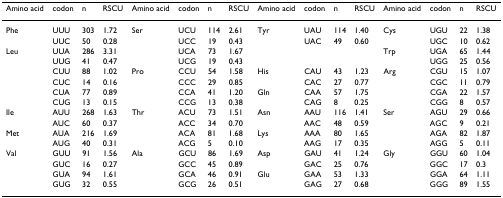
<table><thead><tr><td><b>Amino acid</b></td><td><b>codon</b></td><td><b>n</b></td><td><b>RSCU</b></td><td><b>Amino acid</b></td><td><b>codon</b></td><td><b>n</b></td><td><b>RSCU</b></td><td><b>Amino acid</b></td><td><b>codon</b></td><td><b>n</b></td><td><b>RSCU</b></td><td><b>Amino acid</b></td><td><b>codon</b></td><td><b>n</b></td><td><b>RSCU</b></td></tr></thead><tbody><tr><td>Phe</td><td>UUU</td><td>303</td><td>1.72</td><td>Ser</td><td>UCU</td><td>114</td><td>2.61</td><td>Tyr</td><td>UAU</td><td>114</td><td>1.40</td><td>Cys</td><td>UGU</td><td>22</td><td>1.38</td></tr><tr><td></td><td>UUC</td><td>50</td><td>0.28</td><td></td><td>UCC</td><td>19</td><td>0.43</td><td></td><td>UAC</td><td>49</td><td>0.60</td><td></td><td>UGC</td><td>10</td><td>0.62</td></tr><tr><td>Leu</td><td>UUA</td><td>286</td><td>3.31</td><td></td><td>UCA</td><td>73</td><td>1.67</td><td></td><td></td><td></td><td></td><td>Trp</td><td>UGA</td><td>65</td><td>1.44</td></tr><tr><td></td><td>UUG</td><td>41</td><td>0.47</td><td></td><td>UCG</td><td>19</td><td>0.43</td><td></td><td></td><td></td><td></td><td></td><td>UGG</td><td>25</td><td>0.56</td></tr><tr><td></td><td>CUU</td><td>88</td><td>1.02</td><td>Pro</td><td>CCU</td><td>54</td><td>1.58</td><td>His</td><td>CAU</td><td>43</td><td>1.23</td><td>Arg</td><td>CGU</td><td>15</td><td>1.07</td></tr><tr><td></td><td>CUC</td><td>14</td><td>0.16</td><td></td><td>CCC</td><td>29</td><td>0.85</td><td></td><td>CAC</td><td>27</td><td>0.77</td><td></td><td>CGC</td><td>11</td><td>0.79</td></tr><tr><td></td><td>CUA</td><td>77</td><td>0.89</td><td></td><td>CCA</td><td>41</td><td>1.20</td><td>Gln</td><td>CAA</td><td>57</td><td>1.75</td><td></td><td>CGA</td><td>22</td><td>1.57</td></tr><tr><td></td><td>CUG</td><td>13</td><td>0.15</td><td></td><td>CCG</td><td>13</td><td>0.38</td><td></td><td>CAG</td><td>8</td><td>0.25</td><td></td><td>CGG</td><td>8</td><td>0.57</td></tr><tr><td>Ile</td><td>AUU</td><td>268</td><td>1.63</td><td>Thr</td><td>ACU</td><td>73</td><td>1.51</td><td>Asn</td><td>AAU</td><td>116</td><td>1.41</td><td>Ser</td><td>AGU</td><td>29</td><td>0.66</td></tr><tr><td></td><td>AUC</td><td>60</td><td>0.37</td><td></td><td>ACC</td><td>34</td><td>0.70</td><td></td><td>AAC</td><td>48</td><td>0.59</td><td></td><td>AGC</td><td>9</td><td>0.21</td></tr><tr><td>Met</td><td>AUA</td><td>216</td><td>1.69</td><td></td><td>ACA</td><td>81</td><td>1.68</td><td>Lys</td><td>AAA</td><td>80</td><td>1.65</td><td></td><td>AGA</td><td>82</td><td>1.87</td></tr><tr><td></td><td>AUG</td><td>40</td><td>0.31</td><td></td><td>ACG</td><td>5</td><td>0.10</td><td></td><td>AAG</td><td>17</td><td>0.35</td><td></td><td>AGG</td><td>5</td><td>0.11</td></tr><tr><td>Val</td><td>GUU</td><td>91</td><td>1.56</td><td>Ala</td><td>GCU</td><td>86</td><td>1.69</td><td>Asp</td><td>GAU</td><td>41</td><td>1.24</td><td>Gly</td><td>GGU</td><td>60</td><td>1.04</td></tr><tr><td></td><td>GUC</td><td>16</td><td>0.27</td><td></td><td>GCC</td><td>45</td><td>0.89</td><td></td><td>GAC</td><td>25</td><td>0.76</td><td></td><td>GGC</td><td>17</td><td>0.3</td></tr><tr><td></td><td>GUA</td><td>94</td><td>1.61</td><td></td><td>GCA</td><td>46</td><td>0.91</td><td>Glu</td><td>GAA</td><td>53</td><td>1.33</td><td></td><td>GGA</td><td>64</td><td>1.11</td></tr><tr><td></td><td>GUG</td><td>32</td><td>0.55</td><td></td><td>GCG</td><td>26</td><td>0.51</td><td></td><td>GAG</td><td>27</td><td>0.68</td><td></td><td>GGG</td><td>89</td><td>1.55</td></tr></tbody></table>